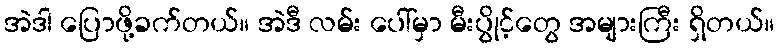
အဲဒါ ပြောဖို့ခက်တယ်။ အဲဒီ လမ်း ပေါ်မှာ မီးပွိုင့်တွေ အများကြီး ရှိတယ်။